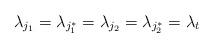
LaTeX: \begin{align*}\lambda_{j_1}= \lambda_{j_1^*} = \lambda_{j_2} = \lambda_{j_2^*} = \lambda_t\end{align*}